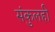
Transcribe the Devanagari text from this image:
संकुलही